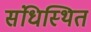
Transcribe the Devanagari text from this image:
संधिस्थित